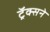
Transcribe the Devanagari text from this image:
ट्रॅक्सने